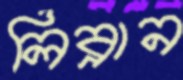
লিব্রান